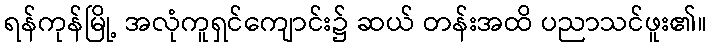
ရန်ကုန်မြို့ အလုံကူရှင်ကျောင်း၌ ဆယ် တန်းအထိ ပညာသင်ဖူး၏။